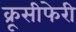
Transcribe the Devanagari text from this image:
क्रूसीफेरी